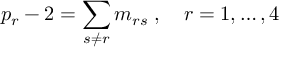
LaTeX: p _ { r } - 2 = \sum _ { s \neq r } m _ { r s } \; , \quad r = 1 , \ldots , 4